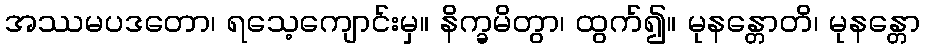
အဿမပဒတော၊ ရသေ့ကျောင်းမှ။ နိက္ခမိတွာ၊ ထွက်၍။ မုနန္တောတိ၊ မုနန္တော